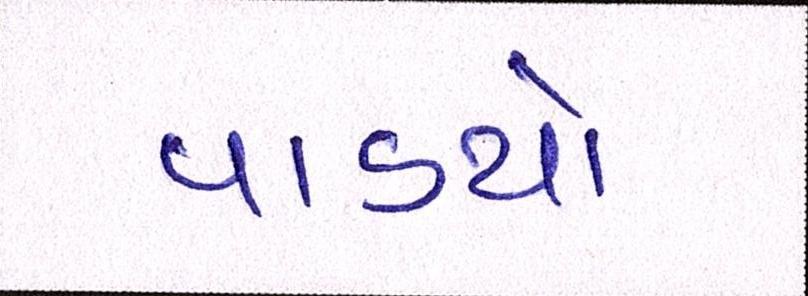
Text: પાડયો